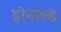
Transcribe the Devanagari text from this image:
होनोल्ड